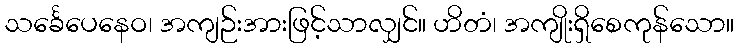
သင်္ခေပေနေဝ၊ အကျဉ်းအားဖြင့်သာလျှင်။ ဟိတံ၊ အကျိုးရှိစေကုန်သော။